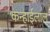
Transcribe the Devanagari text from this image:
कन्हाईलाल